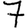
Digit: 7